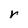
Character: r